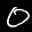
Label: 0